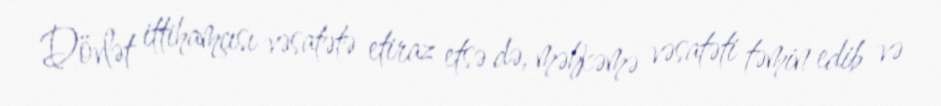
Dövlət ittihamçısı vəsatətə etiraz etsə də, məhkəmə vəsatəti təmin edib və